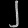
Digit: ၂